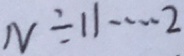
N \div 1 1 \cdots 2